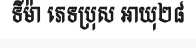
ទីម៉ា ភេទប្រុស អាយុ២៨